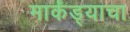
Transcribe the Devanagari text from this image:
मार्कंड्याचा